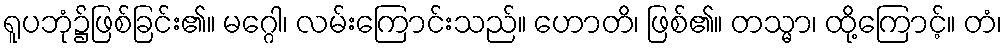
ရူပဘုံ၌ဖြစ်ခြင်း၏။ မဂ္ဂေါ၊ လမ်းကြောင်းသည်။ ဟောတိ၊ ဖြစ်၏။ တသ္မာ၊ ထို့ကြောင့်။ တံ၊